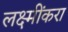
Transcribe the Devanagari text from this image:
लक्ष्मींकरा